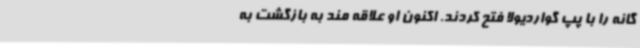
گانه را با پپ گواردیولا فتح کردند. اکنون او علاقه مند به بازگشت به